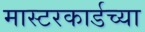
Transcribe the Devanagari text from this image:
मास्टरकार्डच्या